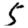
Digit: 5